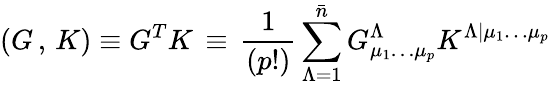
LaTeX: \left(G\, ,\, K\right)\equiv G^{T}K\, \equiv\, {\frac{1}{(p!)}}\sum_{\Lambda=1}^{\bar{n}}G_{\mu_{1}\dots\mu_{p}}^{\Lambda}K^{\Lambda\vert\mu_{1}\dots\mu_{p}}